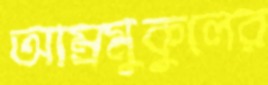
আম্রমুকুলের